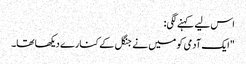
اس لیے کہنے لگی:
"ایک آدمی کو میں نے جنگل کے کنارے دیکھا تھا۔